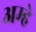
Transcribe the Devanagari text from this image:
अम्हे